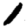
Digit: 1